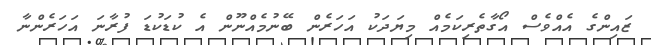
ޒައިންގެ އެއްވެސް އޯގާތެރިކަމެއް މިޔަދަކު އަހަރެން ބޭނުމެއްނޫން އެ ކުޑަކުޑަ ފުރާނަ އަހަރެންނާ